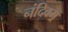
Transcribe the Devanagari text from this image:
नंदिवम्र्